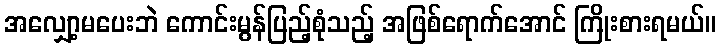
အလျှော့မပေးဘဲ ကောင်းမွန်ပြည့်စုံသည့် အဖြစ်ရောက်အောင် ကြိုးစားရမယ်။